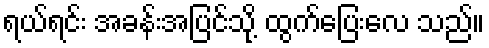
ရယ်ရင်း အခန်းအပြင်သို့ ထွက်ပြေးလေ သည်။